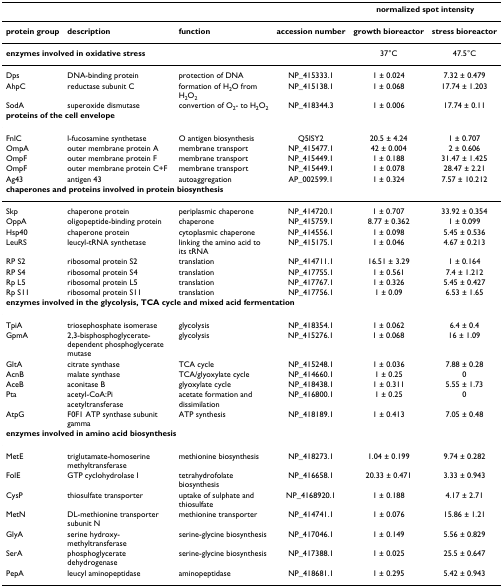
<table><thead><tr><td></td><td></td><td></td><td></td><td colspan="2"><b>normalized spot intensity</b></td></tr></thead><tbody><tr><td><b>protein group</b></td><td><b>description</b></td><td><b>function</b></td><td><b>accession number</b></td><td><b>growth bioreactor</b></td><td><b>stress bioreactor</b></td></tr><tr><td colspan="4"><b>enzymes involved in oxidative stress</b></td><td>37°C</td><td>47.5°C</td></tr><tr><td>Dps</td><td>DNA-binding protein</td><td>protection of DNA</td><td>NP_415333.1</td><td>1 ± 0.024</td><td>7.32 ± 0.479</td></tr><tr><td>AhpC</td><td>reductase subunit C</td><td>formation of H<sub>2</sub>O from H<sub>2</sub>O<sub>2</sub></td><td>NP_415138.1</td><td>1 ± 0.068</td><td>17.74 ± 1.203</td></tr><tr><td>SodA</td><td>superoxide dismutase</td><td>convertion of O<sub>2</sub>- to H<sub>2</sub>O<sub>2</sub></td><td>NP_418344.3</td><td>1 ± 0.006</td><td>17.74 ± 0.11</td></tr><tr><td colspan="6"><b>proteins of the cell envelope</b></td></tr><tr><td>FnlC</td><td>l-fucosamine synthetase</td><td>O antigen biosynthesis</td><td>Q5ISY2</td><td>20.5 ± 4.24</td><td>1 ± 0.707</td></tr><tr><td>OmpA</td><td>outer membrane protein A</td><td>membrane transport</td><td>NP_415477.1</td><td>42 ± 0.004</td><td>2 ± 0.606</td></tr><tr><td>OmpF</td><td>outer membrane protein F</td><td>membrane transport</td><td>NP_415449.1</td><td>1 ± 0.188</td><td>31.47 ± 1.425</td></tr><tr><td>OmpF</td><td>outer membrane protein C+F</td><td>membrane transport</td><td>NP_415449.1</td><td>1 ± 0.078</td><td>28.47 ± 2.21</td></tr><tr><td>Ag43</td><td>antigen 43</td><td>autoaggregation</td><td>AP_002599.1</td><td>1 ± 0.324</td><td>7.57 ± 10.212</td></tr><tr><td colspan="6"><b>chaperones and proteins involved in protein biosynthesis</b></td></tr><tr><td>Skp</td><td>chaperone protein</td><td>periplasmic chaperone</td><td>NP_414720.1</td><td>1 ± 0.707</td><td>33.92 ± 0.354</td></tr><tr><td>OppA</td><td>oligopeptide-binding protein</td><td>chaperone</td><td>NP_415759.1</td><td>8.77 ± 0.362</td><td>1 ± 0.099</td></tr><tr><td>Hsp40</td><td>chaperone protein</td><td>cytoplasmic chaperone</td><td>NP_414556.1</td><td>1 ± 0.098</td><td>5.45 ± 0.536</td></tr><tr><td>LeuRS</td><td>leucyl-tRNA synthetase</td><td>linking the amino acid to its tRNA</td><td>NP_415175.1</td><td>1 ± 0.046</td><td>4.67 ± 0.213</td></tr><tr><td>RP S2</td><td>ribosomal protein S2</td><td>translation</td><td>NP_414711.1</td><td>16.51 ± 3.29</td><td>1 ± 0.164</td></tr><tr><td>RP S4</td><td>ribosomal protein S4</td><td>translation</td><td>NP_417755.1</td><td>1 ± 0.561</td><td>7.4 ± 1.212</td></tr><tr><td>Rp L5</td><td>ribosomal protein L5</td><td>translation</td><td>NP_417767.1</td><td>1 ± 0.326</td><td>5.45 ± 0.427</td></tr><tr><td>Rp S11</td><td>ribosomal protein S11</td><td>translation</td><td>NP_417756.1</td><td>1 ± 0.09</td><td>6.53 ± 1.65</td></tr><tr><td colspan="6"><b>enzymes involved in the glycolysis, TCA cycle and mixed acid fermentation</b></td></tr><tr><td>TpiA</td><td>triosephosphate isomerase</td><td>glycolysis</td><td>NP_418354.1</td><td>1 ± 0.062</td><td>6.4 ± 0.4</td></tr><tr><td>GpmA</td><td>2,3-bisphosphoglycerate-dependent phosphoglycerate mutase</td><td>glycolysis</td><td>NP_415276.1</td><td>1 ± 0.068</td><td>16 ± 1.09</td></tr><tr><td>GltA</td><td>citrate synthase</td><td>TCA cycle</td><td>NP_415248.1</td><td>1 ± 0.036</td><td>7.88 ± 0.28</td></tr><tr><td>AcnB</td><td>malate synthase</td><td>TCA/glyoxylate cycle</td><td>NP_414660.1</td><td>1 ± 0.25</td><td>0</td></tr><tr><td>AceB</td><td>aconitase B</td><td>glyoxylate cycle</td><td>NP_418438.1</td><td>1 ± 0.311</td><td>5.55 ± 1.73</td></tr><tr><td>Pta</td><td>acetyl-CoA:Pi acetyltransferase</td><td>acetate formation and dissimilation</td><td>NP_416800.1</td><td>1 ± 0.25</td><td>0</td></tr><tr><td>AtpG</td><td>F0F1 ATP synthase subunit gamma</td><td>ATP synthesis</td><td>NP_418189.1</td><td>1 ± 0.413</td><td>7.05 ± 0.48</td></tr><tr><td colspan="6"><b>enzymes involved in amino acid biosynthesis</b></td></tr><tr><td>MetE</td><td>triglutamate-homoserine methyltransferase</td><td>methionine biosynthesis</td><td>NP_418273.1</td><td>1.04 ± 0.199</td><td>9.74 ± 0.282</td></tr><tr><td>FolE</td><td>GTP cyclohydrolase I</td><td>tetrahydrofolate biosynthesis</td><td>NP_416658.1</td><td>20.33 ± 0.471</td><td>3.33 ± 0.943</td></tr><tr><td>CysP</td><td>thiosulfate transporter</td><td>uptake of sulphate and thiosulfate</td><td>NP_4168920.1</td><td>1 ± 0.188</td><td>4.17 ± 2.71</td></tr><tr><td>MetN</td><td>DL-methionine transporter subunit N</td><td>methionine transporter</td><td>NP_414741.1</td><td>1 ± 0.076</td><td>15.86 ± 1.21</td></tr><tr><td>GlyA</td><td>serine hydroxy-methyltransferase</td><td>serine-glycine biosynthesis</td><td>NP_417046.1</td><td>1 ± 0.149</td><td>5.56 ± 0.829</td></tr><tr><td>SerA</td><td>phosphoglycerate dehydrogenase</td><td>serine-glycine biosynthesis</td><td>NP_417388.1</td><td>1 ± 0.025</td><td>25.5 ± 0.647</td></tr><tr><td>PepA</td><td>leucyl aminopeptidase</td><td>aminopeptidase</td><td>NP_418681.1</td><td>1 ± 0.295</td><td>5.42 ± 0.943</td></tr></tbody></table>